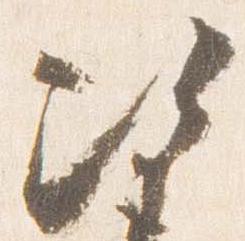
次